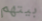
بيتهم